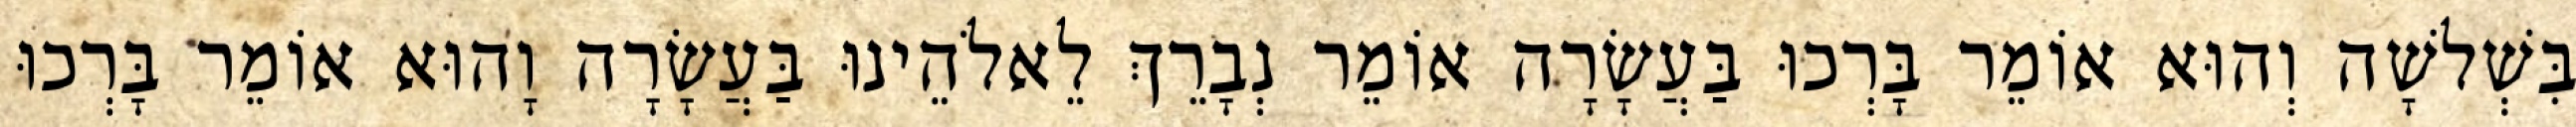
בִּשְׁלשָׁה וְהוּא אוֹמֵר בָּרְכוּ בַּעֲשָׂרָה אוֹמֵר נְבָרֵךְ לֵאלֹהֵינוּ בַּעֲשָׂרָה וָהוּא אוֹמֵר בָּרְכוּ